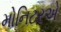
મોનિટરએ